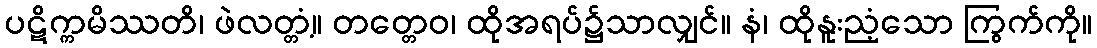
ပဋိက္ကမိဿတိ၊ ဖဲလတ္တံ့။ တတ္တေဝ၊ ထိုအရပ်၌သာလျှင်။ နံ၊ ထိုနူးညံ့သော ကြွက်ကို။